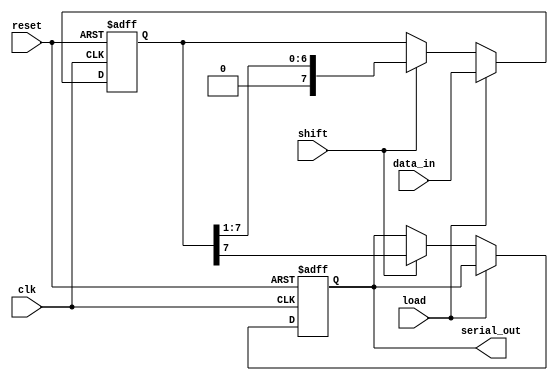
module piso_register #(
    parameter N = 8  // Default width of the register, can be overridden
) (
    input wire clk,           // Clock signal
    input wire reset,         // Asynchronous reset signal
    input wire load,          // Load control signal
    input wire shift,         // Shift control signal
    input wire [N-1:0] data_in, // Parallel input data
    output reg serial_out      // Serial output
);

    reg [N-1:0] shift_reg;    // Shift register to hold the data

    // Asynchronous reset and data loading
    always @(posedge clk or posedge reset) begin
        if (reset) begin
            shift_reg <= {N{1'b0}}; // Clear the register
            serial_out <= 1'b0;     // Clear the output
        end else if (load) begin
            shift_reg <= data_in;   // Load parallel data into the shift register
        end else if (shift) begin
            // Shift the data if shift signal is high
            serial_out <= shift_reg[N-1]; // Output the MSB
            shift_reg <= {1'b0, shift_reg[N-1:1]}; // Shift right
        end
    end

endmodule